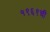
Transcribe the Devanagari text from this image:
१९६९ची